Report of the Indian Hemp Drugs Commission, 1894-1895 - Volume VI
Year: 1894
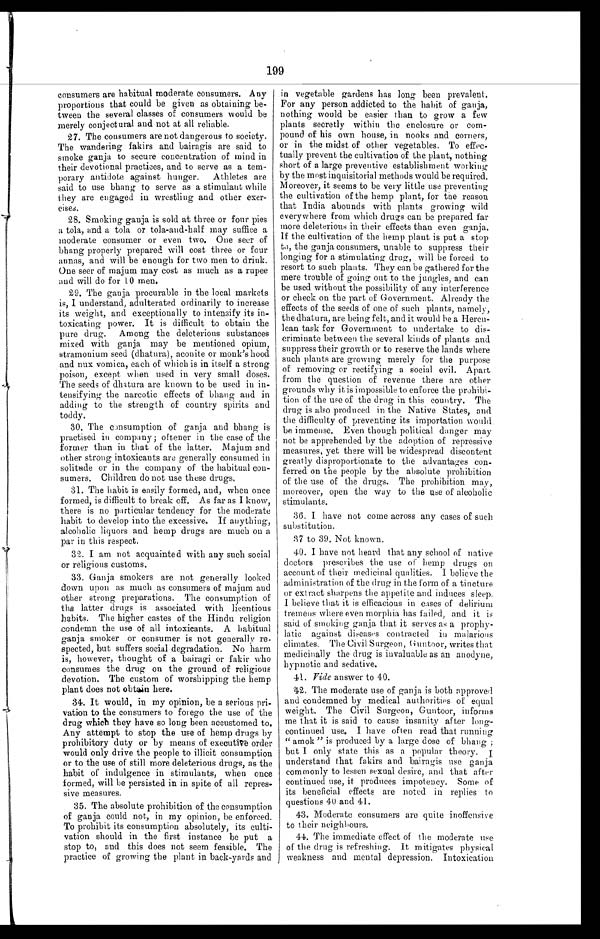
199
consumers are habitual moderate consumers. Any
proportions that could be given as obtaining be--
tween the several classes of consumers would be
merely conjectural and not at all reliable.
27. The consumers are not dangerous to society.
The wandering fakirs and bairagis are said to
smoke ganja to secure concentration of mind in
their devotional practices, and to serve as a tem-
- p o r a r y a n t i d o t e a g a i n s t h u n g e r . A t h l e t e s a r e
said to use bhang to serve as a stimulant while
they are engaged in wrestling and other
e x e r - c i s e s .
28. Smoking ganja is sold at three or four pies
a tola, and a tola or tola-and-half may suffice a
moderate consumer or even two. One seer of
bhang properly prepared will cost three or four
annas, and will be enough for two men to drink.
One seer of majum may cost as much as a rupee
and will do for 10 men.
29. The ganja procurable in the local markets
is, I understand, adulterated ordinarily to increase
its weight, and exceptionally to intensify its in-
- t o x i c a t i n g p o w e r . I t i s d i f f i c u l t t o o b t a i n t h e
pure drug. Among the deleterious substances
mixed with ganja may be mentioned opium,
stramonium seed (dhatura), aconite or monk's hood
and nux vomica, each of which is in itself a strong
poison, except when used in very small doses.
The seeds of dhatura are known to be used in in-
- t e n s i f y i n g t h e n a r c o t i c e f f e c t s o f b h a n g a n d i n
adding to the strength of country spirits and
toddy.
30. The consumption of ganja and bhang is
practised in company; oftener in the case of the
former than in that of the latter. Majum and
other strong intoxicants are generally consumed in
solitude or in the company of the habitual con--
sumers. Children do not use these drugs.
31. The habit is easily formed, and, when once
formed, is difficult to break off. As far as I know,
there is no particular tendency for the moderate
habit to develop into the excessive. If anything,
alcoholic liquors and hemp drugs are much on a
par in this respect.
32. I am not acquainted with any such social
or religious customs.
33. Ganja smokers are not generally looked
down upon as much as consumers of majum and
other strong preparations. The consumption of
tha latter drugs is associated with licentious
habits. The higher castes of the Hindu religion
condemn the use of all intoxicants. A habitual
ganja smoker or consumer is not generally re--
spected, but suffers social degradation. No harm
is, however, thought of a bairagi or fakir who
consumes the drug on the ground of religious
devotion. The custom of worshipping the hemp
plant does not obtain here.
34. It would, in my opinion, be a serious pri-
vation to the consumers to forego the use of the
drug which they have so long been accustomed to.
Any attempt to stop the use of hemp drugs by
prohibitory duty or by means of executive order
would only drive the people to illicit consumption
or to the use of still more deleterious drugs, as the
habit of indulgence in stimulants, when once
formed, will be persisted in in spite of all repres--
sive measures.
35. The absolute prohibition of the consumption
of ganja could not, in my opinion, be enforced.
To prohibit its consumption absolutely, its culti--
vation should in the first instance be put a
stop to, and this does not seem feasible. The
practice of growing the plant in back-yards and
in vegetable gardens has long been prevalent.
For any person addicted to the habit of ganja,
nothing would be easier than to grow a few
plants secretly within the enclosure or com-
pound of his own house, in nooks and corners,
or in the midst of other vegetables. To effec-
- t u a l l y p r e v e n t t h e c u l t i v a t i o n o f t h e p l a n t , n o t h i n g
short of a large preventive establishment working
by the most inquisitorial methods would be required.
Moreover, it seems to be very little use preventing
the cultivation of the hemp plant, for the reason
that India abounds with plants growing wild
everywhere from which drugs can be prepared far
more deleterious in their effects than even ganja.
If the cultivation of the hemp plant is put a stop
to, the ganja consumers, unable to suppress their
longing for a stimulating drug, will be forced to
resort to such plants. They can be gathered for the
mere trouble of going out to the jungles, and can
be used without the possibility of any interference
or check on the part of Government. Already the
effects of the seeds of one of such plants, namely,
the dhatura, are being felt, and it would be a Hercu--
lean task for Government to undertake to dis--
criminate between the several kinds of plants and
suppress their growth or to reserve the lands where
such plants are growing merely for the purpose
of removing or rectifying a social evil. Apart
from the question of revenue there are other
grounds why it is impossible to enforce the prohibi--
tion of the use of the drug in this country. The
drug is also produced in the Native States, and
the difficulty of preventing its importation would
be immense. Even though political danger may
not be apprehended by the adoption of repressive
measures, yet there will be widespread discontent
greatly disproportionate to the advantages con--
ferred on the people by the absolute prohibition
of the use of the drugs. The prohibition may,
moreover, open the way to the use of alcoholic
stimulants.
36. I have not come across any cases of such
substitution.
37 to 39. Not known.
40. I have not heard that any school of native
doctors prescribes the use of hemp drugs on
account of their medicinal qualities. I believe the
administration of the drug in the form of a tincture
or extract sharpens the appetite and induces sleep.
I believe that it is efficacious in cases of delirium
tremens where even morphia has failed, and it is
said of smoking ganja that it serves as a prophy--
latic against diseases contracted in malarious
climates. The Civil Surgeon, Guntoor, writes that
medicinally the drug is invaluable as an anodyne,
hypnotic and sedative.
41. Vide answer to 40.
42. The moderate use of ganja is both approved
and condemned by medical authorities of equal
weight. The Civil Surgeon, Guntoor, informs
me that it is said to cause insanity after long-
continued use. I have often read that running
"amok" is produced by a large dose of bhang;
but I only state this as a popular theory. I
understand that fakirs and bairagis use ganja
commonly to lessen sexual desire, and that after
continued use, it produces impotency. Some of
its beneficial effects are noted in replies to
questions 40 and 41.
43. Moderate consumers are quite inoffensive
to their neighbours.
44. The immediate effect of the moderate use
of the drug is refreshing. It mitigates physical
weakness and mental depression. Intoxication